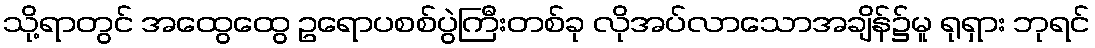
သို့ရာတွင် အထွေထွေ ဥရောပစစ်ပွဲကြီးတစ်ခု လိုအပ်လာသောအချိန်၌မူ ရုရှား ဘုရင်